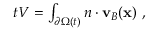
\begin{array} { r } { \d _ { t } V = \int _ { \partial \Omega ( t ) } \d \mathbf { n } \cdot \mathbf { v } _ { B } ( \mathbf { x } ) \, \, , } \end{array}